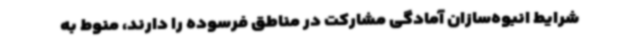
شرایط انبوه‌سازان آمادگی مشارکت در مناطق فرسوده را دارند، منوط به